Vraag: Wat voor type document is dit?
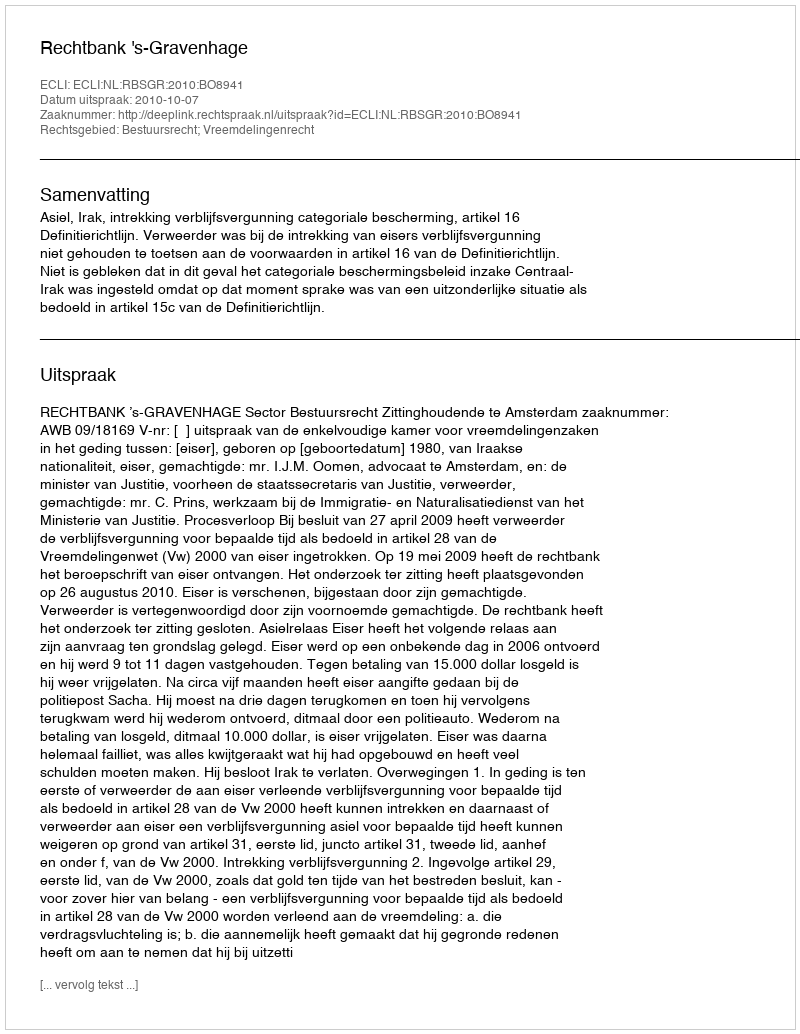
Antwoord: Uitspraak